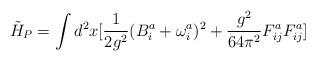
LaTeX: \begin{align*}\tilde{H}_{P} = \int d^{2}x[\frac{1}{2g^{2}}(B^{a}_{i} +\omega^{a}_{i})^{2} + \frac{g^{2}}{64\pi^{2}} F^{a}_{ij} F^{a}_{ij}]\end{align*}